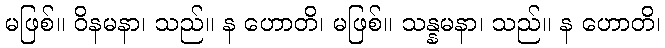
မဖြစ်။ ဝိနမနာ၊ သည်။ န ဟောတိ၊ မဖြစ်။ သန္နမနာ၊ သည်။ န ဟောတိ၊